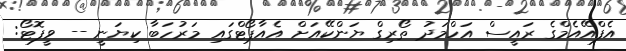
އެފްއޭއެމްގެ ރައީސް އަހްމަދު ތޯރިގް ޔަންކޭއަށް އެއާޕޯޓްގައި މަރުހަބާ ކިޔަނީ -- ވީފޮޓޯ: